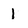
Character: 1